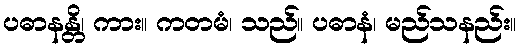
ပဓာနန္တိ၊ ကား။ ကတမံ၊ သည်။ ပဓာနံ၊ မည်သနည်း။